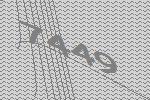
7449